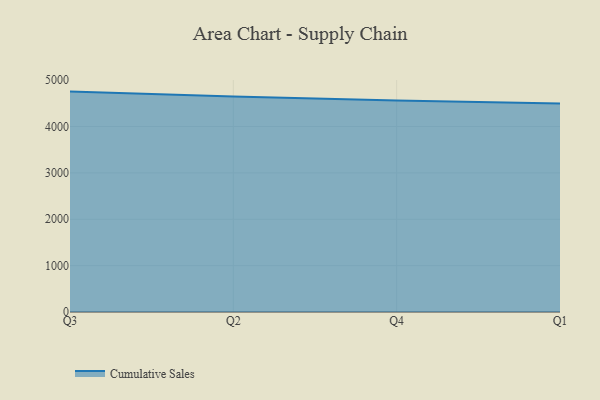
{"axis": {"x": "Quarter", "y": "Demand Index"}, "legend": ["Cumulative Sales"], "data": [{"x": "Q3", "y": 4753.2, "type": "Cumulative Sales"}, {"x": "Q2", "y": 4647.5, "type": "Cumulative Sales"}, {"x": "Q4", "y": 4563.0, "type": "Cumulative Sales"}, {"x": "Q1", "y": 4498.7, "type": "Cumulative Sales"}]}